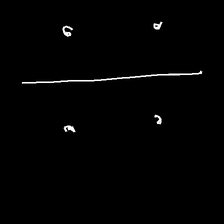
Glyph: cool